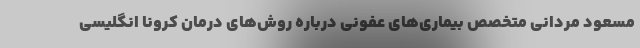
مسعود مردانی متخصص بیماری‌های عفونی درباره روش‌های درمان کرونا انگلیسی